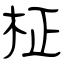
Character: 柾